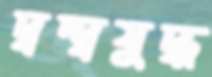
দ্বন্দ্বযুদ্ধ